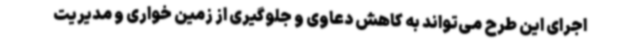
اجرای این طرح می‌تواند به کاهش دعاوی و جلوگیری از زمین خواری و مدیریت